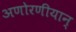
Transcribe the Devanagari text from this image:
अणोरणीयान्‌